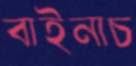
বাইনাচ